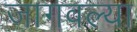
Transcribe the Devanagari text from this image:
जागवल्या